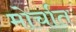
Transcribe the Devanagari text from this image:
मोर्चात